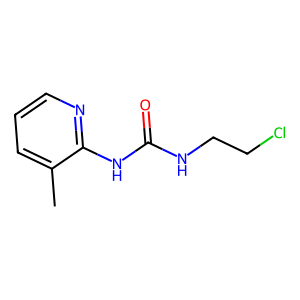
SMILES: Cc1cccnc1NC(=O)NCCCl
Inhibits HIV replication: No